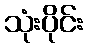
သုံးပိုင်း